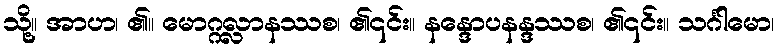
သို့။ အာဟ၊ ၏။ မောဂ္ဂလ္လာနဿစ၊ ၏၎င်း။ နန္ဒောပနန္ဒဿစ၊ ၏၎င်း။ သင်္ဂါမော၊